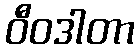
ဝီဝဒါတာ